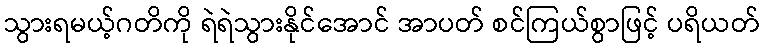
သွားရမယ့်ဂတိကို ရဲရဲသွားနိုင်အောင် အာပတ် စင်ကြယ်စွာဖြင့် ပရိယတ်